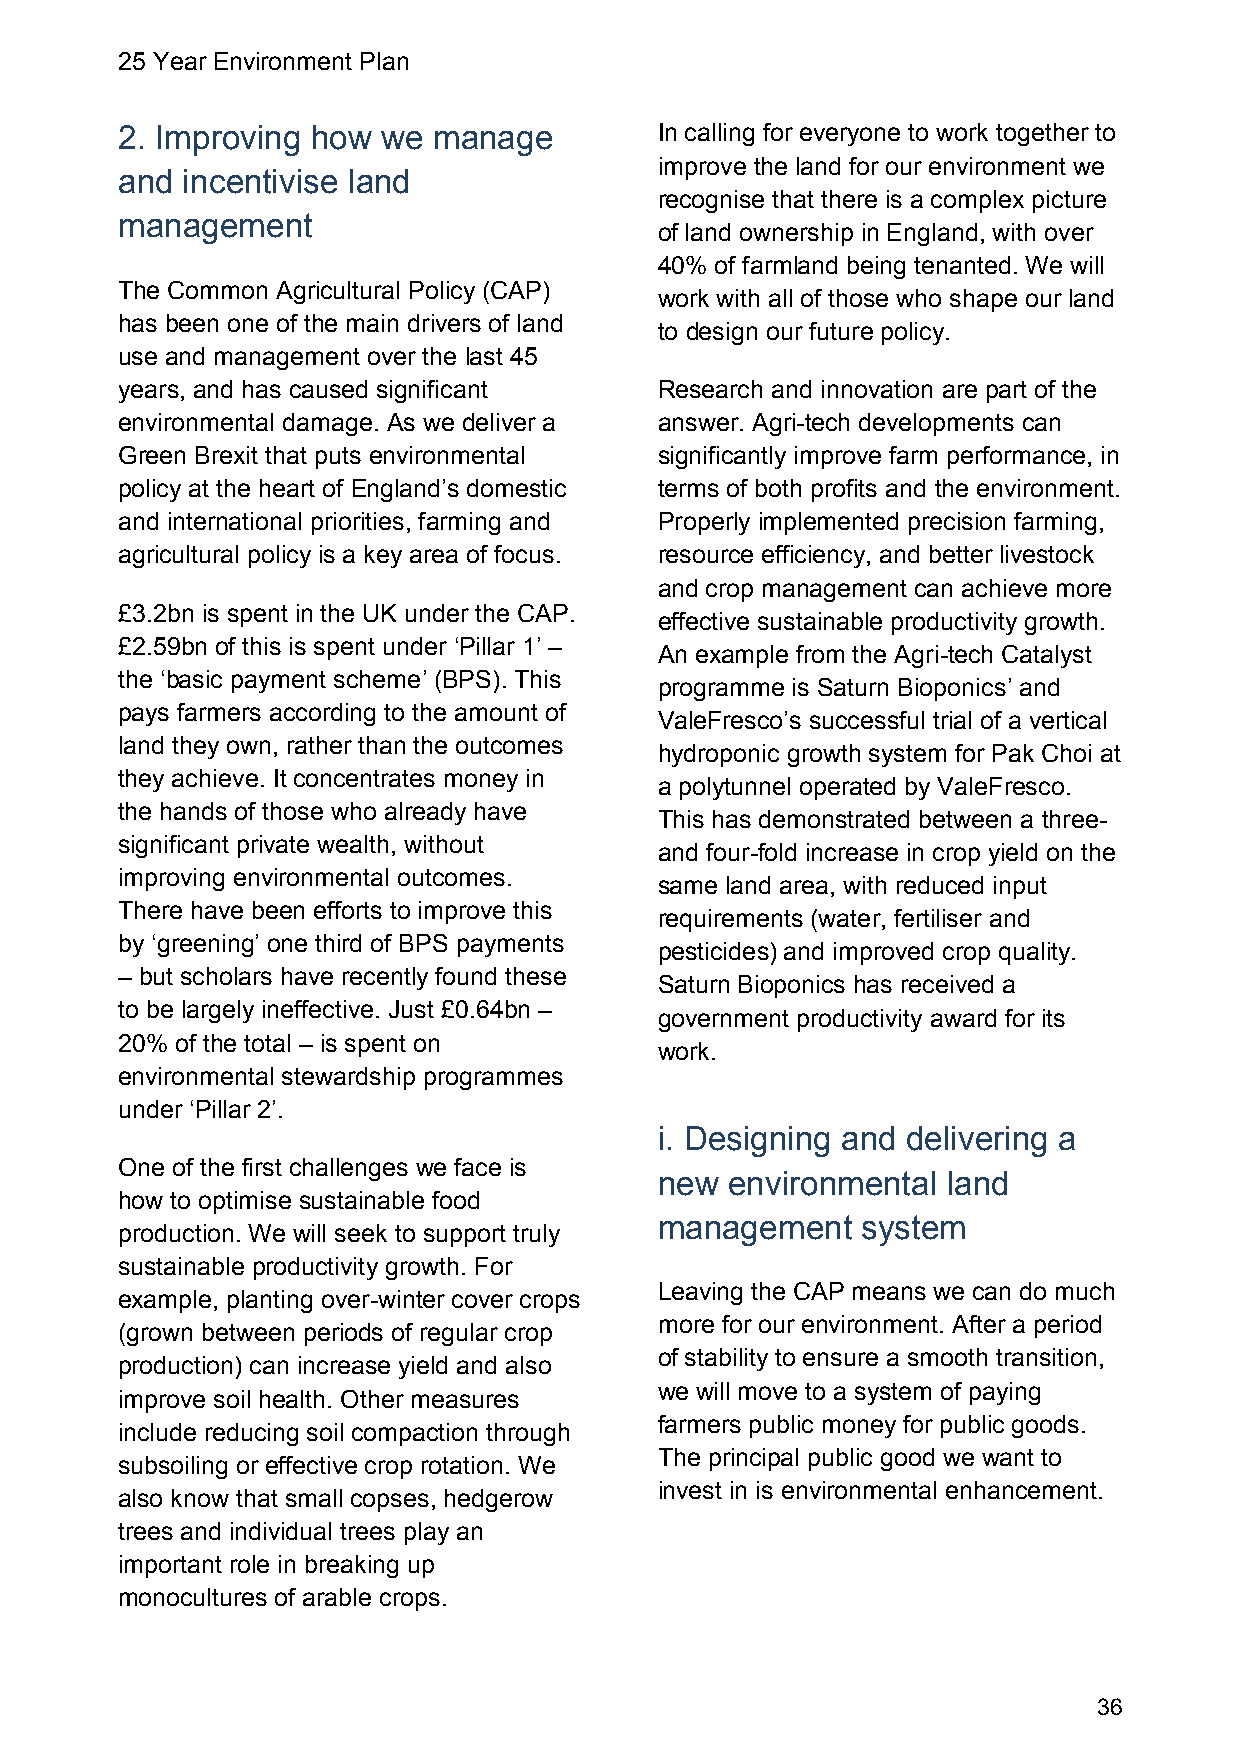
25 Year Environment Plan
 2. Improving how we  manage         In calling for everyone to work together to
 improve the land for our environment we
 and incentivise land
 recognise that there is a complex picture
 management
 of land ownership in England, with over
 40% of farmland being tenanted. We will
 The Common Agricultural Policy (CAP)
 work with all of those who shape our land
 has been one of the main drivers of land
 to design our future policy.
 use and management over the last 45
 years, and has caused significant   Research and innovation are part of the
 environmental damage. As we deliver a answer. Agri-tech developments can
 Green Brexit that puts environmental significantly improve farm performance, in
 policy at the heart of England’s domestic terms of both profits and the environment.
 and international priorities, farming and Properly implemented precision farming,
 agricultural policy is a key area of focus. resource efficiency, and better livestock
 and crop management can achieve more
 £3.2bn is spent in the UK under the CAP.
 effective sustainable productivity growth.
 £2.59bn of this is spent under ‘Pillar 1’ –
 An example from the Agri-tech Catalyst
 the ‘basic payment scheme’ (BPS). This
 programme is Saturn Bioponics’ and
 pays farmers according to the amount of
 ValeFresco’s successful trial of a vertical
 land they own, rather than the outcomes
 hydroponic growth system for Pak Choi at
 they achieve. It concentrates money in
 a polytunnel operated by ValeFresco.
 the hands of those who already have
 This has demonstrated between a three-
 significant private wealth, without
 and four-fold increase in crop yield on the
 improving environmental outcomes.
 same land area, with reduced input
 There have been efforts to improve this
 requirements (water, fertiliser and
 by ‘greening’ one third of BPS payments
 pesticides) and improved crop quality.
 – but scholars have recently found these
 Saturn Bioponics has received a
 to be largely ineffective. Just £0.64bn –
 government productivity award for its
 20% of the total – is spent on
 work.
 environmental stewardship programmes
 under ‘Pillar 2’.
 i. Designing and delivering a
 One of the first challenges we face is
 new environmental  land
 how to optimise sustainable food
 management   system
 production. We will seek to support truly
 sustainable productivity growth. For
 Leaving the CAP means we can do much
 example, planting over-winter cover crops
 more for our environment. After a period
 (grown between periods of regular crop
 of stability to ensure a smooth transition,
 production) can increase yield and also
 we will move to a system of paying
 improve soil health. Other measures
 farmers public money for public goods.
 include reducing soil compaction through
 The principal public good we want to
 subsoiling or effective crop rotation. We
 invest in is environmental enhancement.
 also know that small copses, hedgerow
 trees and individual trees play an
 important role in breaking up
 monocultures of arable crops.
 36